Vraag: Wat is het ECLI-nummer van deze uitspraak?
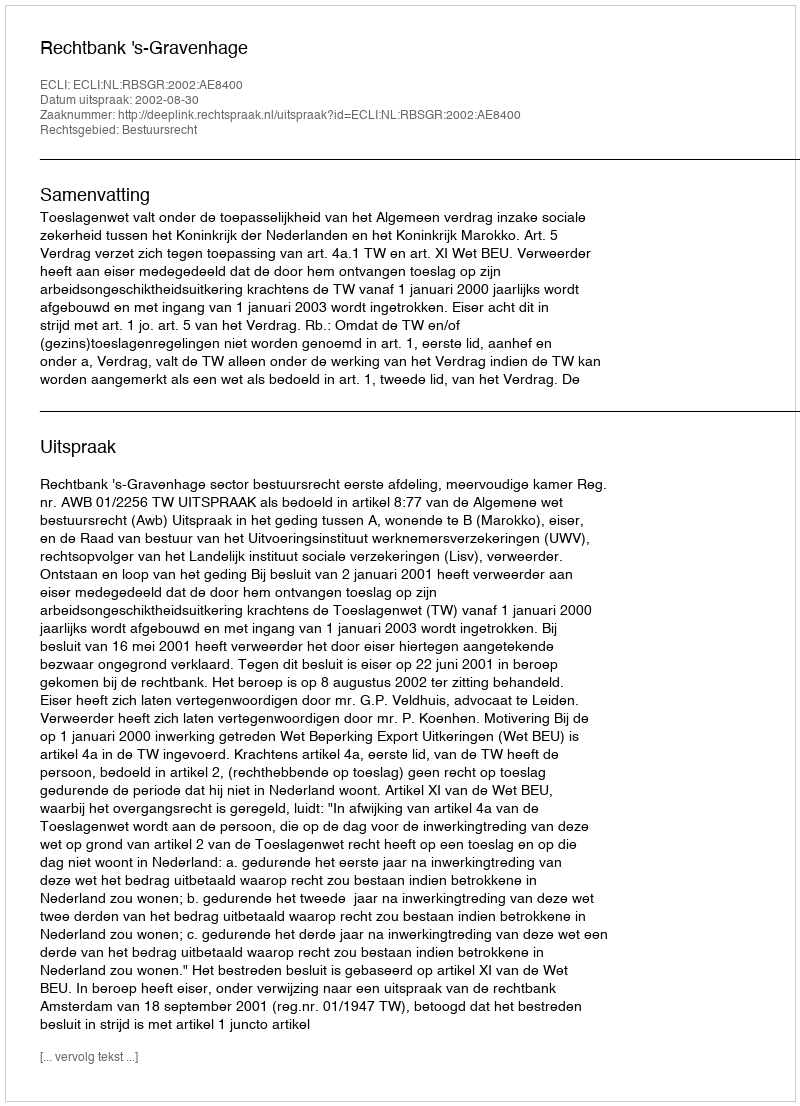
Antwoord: ECLI:NL:RBSGR:2002:AE8400